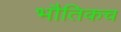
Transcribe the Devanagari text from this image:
भौतिकच